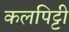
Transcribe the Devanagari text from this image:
कलपिट्टी